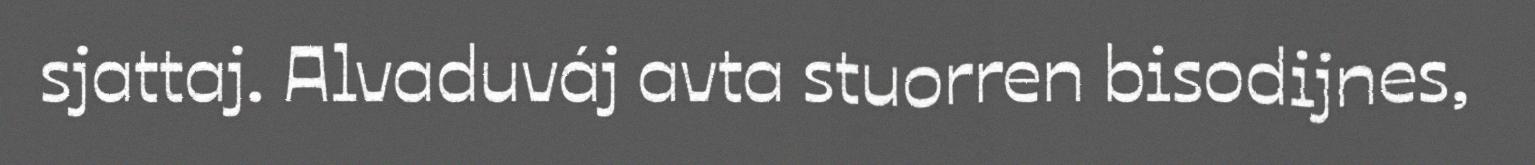
sjattaj. Alvaduváj avta stuorren bisodijnes,